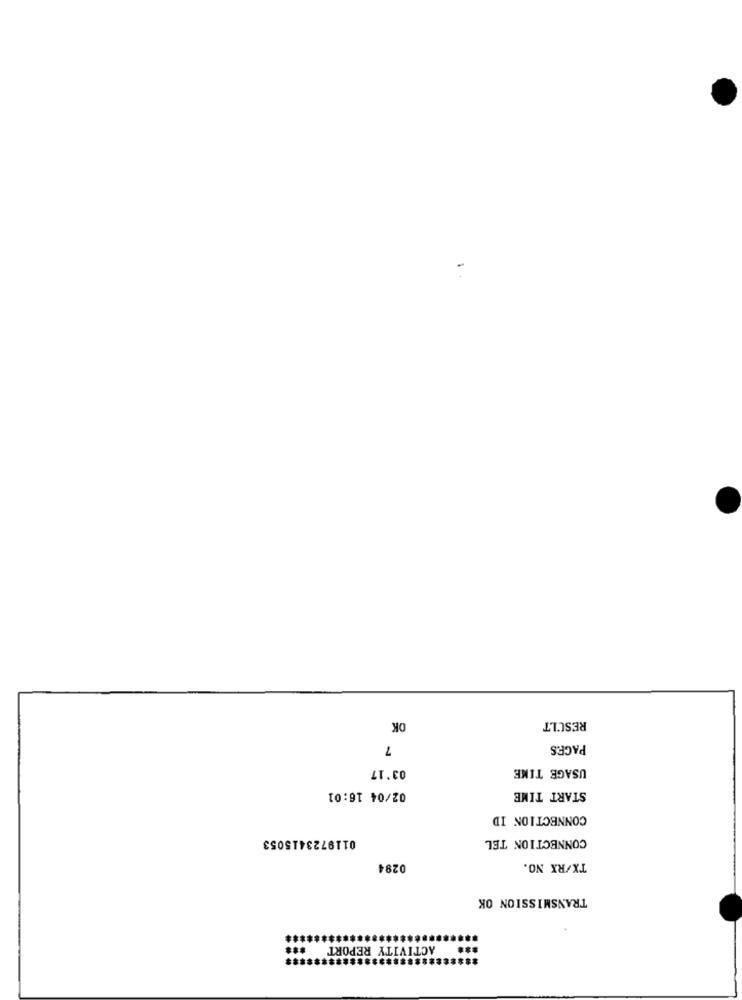
OK
RESULT
7
PAGES
03'17
USAGE TIME
02/04 16:01
START TIME
CONNECTION ID
0119723415053
CONNECTION TEL
0284
TX/RX NO.
TRANSMISSION OK
*** ACTIVITY REPORT ***